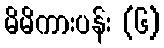
မိမိကားပန်း (၆)